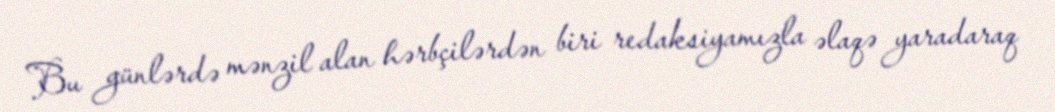
Bu günlərdə mənzil alan hərbçilərdən biri redaksiyamızla əlaqə yaradaraq